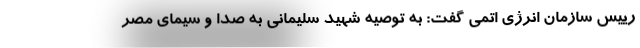
رییس سازمان انرژی اتمی گفت: به توصیه شهید سلیمانی به صدا و سیمای مصر